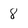
Character: 8